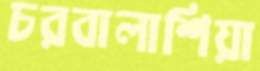
চরবালাশিয়া